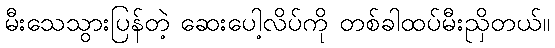
မီးသေသွားပြန်တဲ့ ဆေးပေါ့လိပ်ကို တစ်ခါထပ်မီးညှိတယ်။